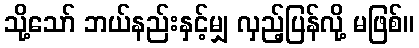
သို့သော် ဘယ်နည်းနှင့်မျှ လှည့်ပြန်လို့ မဖြစ်။